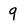
Character: 9